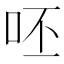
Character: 呸